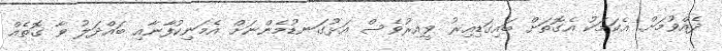
ދެއްވުމަށް. އެކަމަކު އެގޮތަށް ބައިގަޑިއިރު ވީއިރުވެސް އަޅުގަނޑުމެންނަށް އެމަނިކުފާނާއި ބައްދަލު ވާ ގޮތެއް